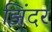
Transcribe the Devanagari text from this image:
झिंदर